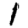
Digit: 1